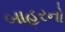
બાહરનો